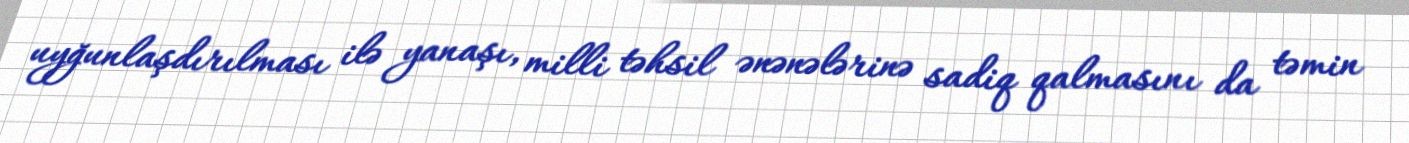
uyğunlaşdırılması ilə yanaşı, milli təhsil ənənələrinə sadiq qalmasını da təmin